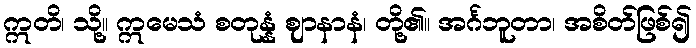
ဣတိ၊ သို့။ ဣမေသံ စတုန္နံ ဈာနာနံ၊ တို့၏။ အင်္ဂဘူတာ၊ အစိတ်ဖြစ်၍